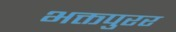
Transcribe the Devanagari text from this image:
भक्तपुरर